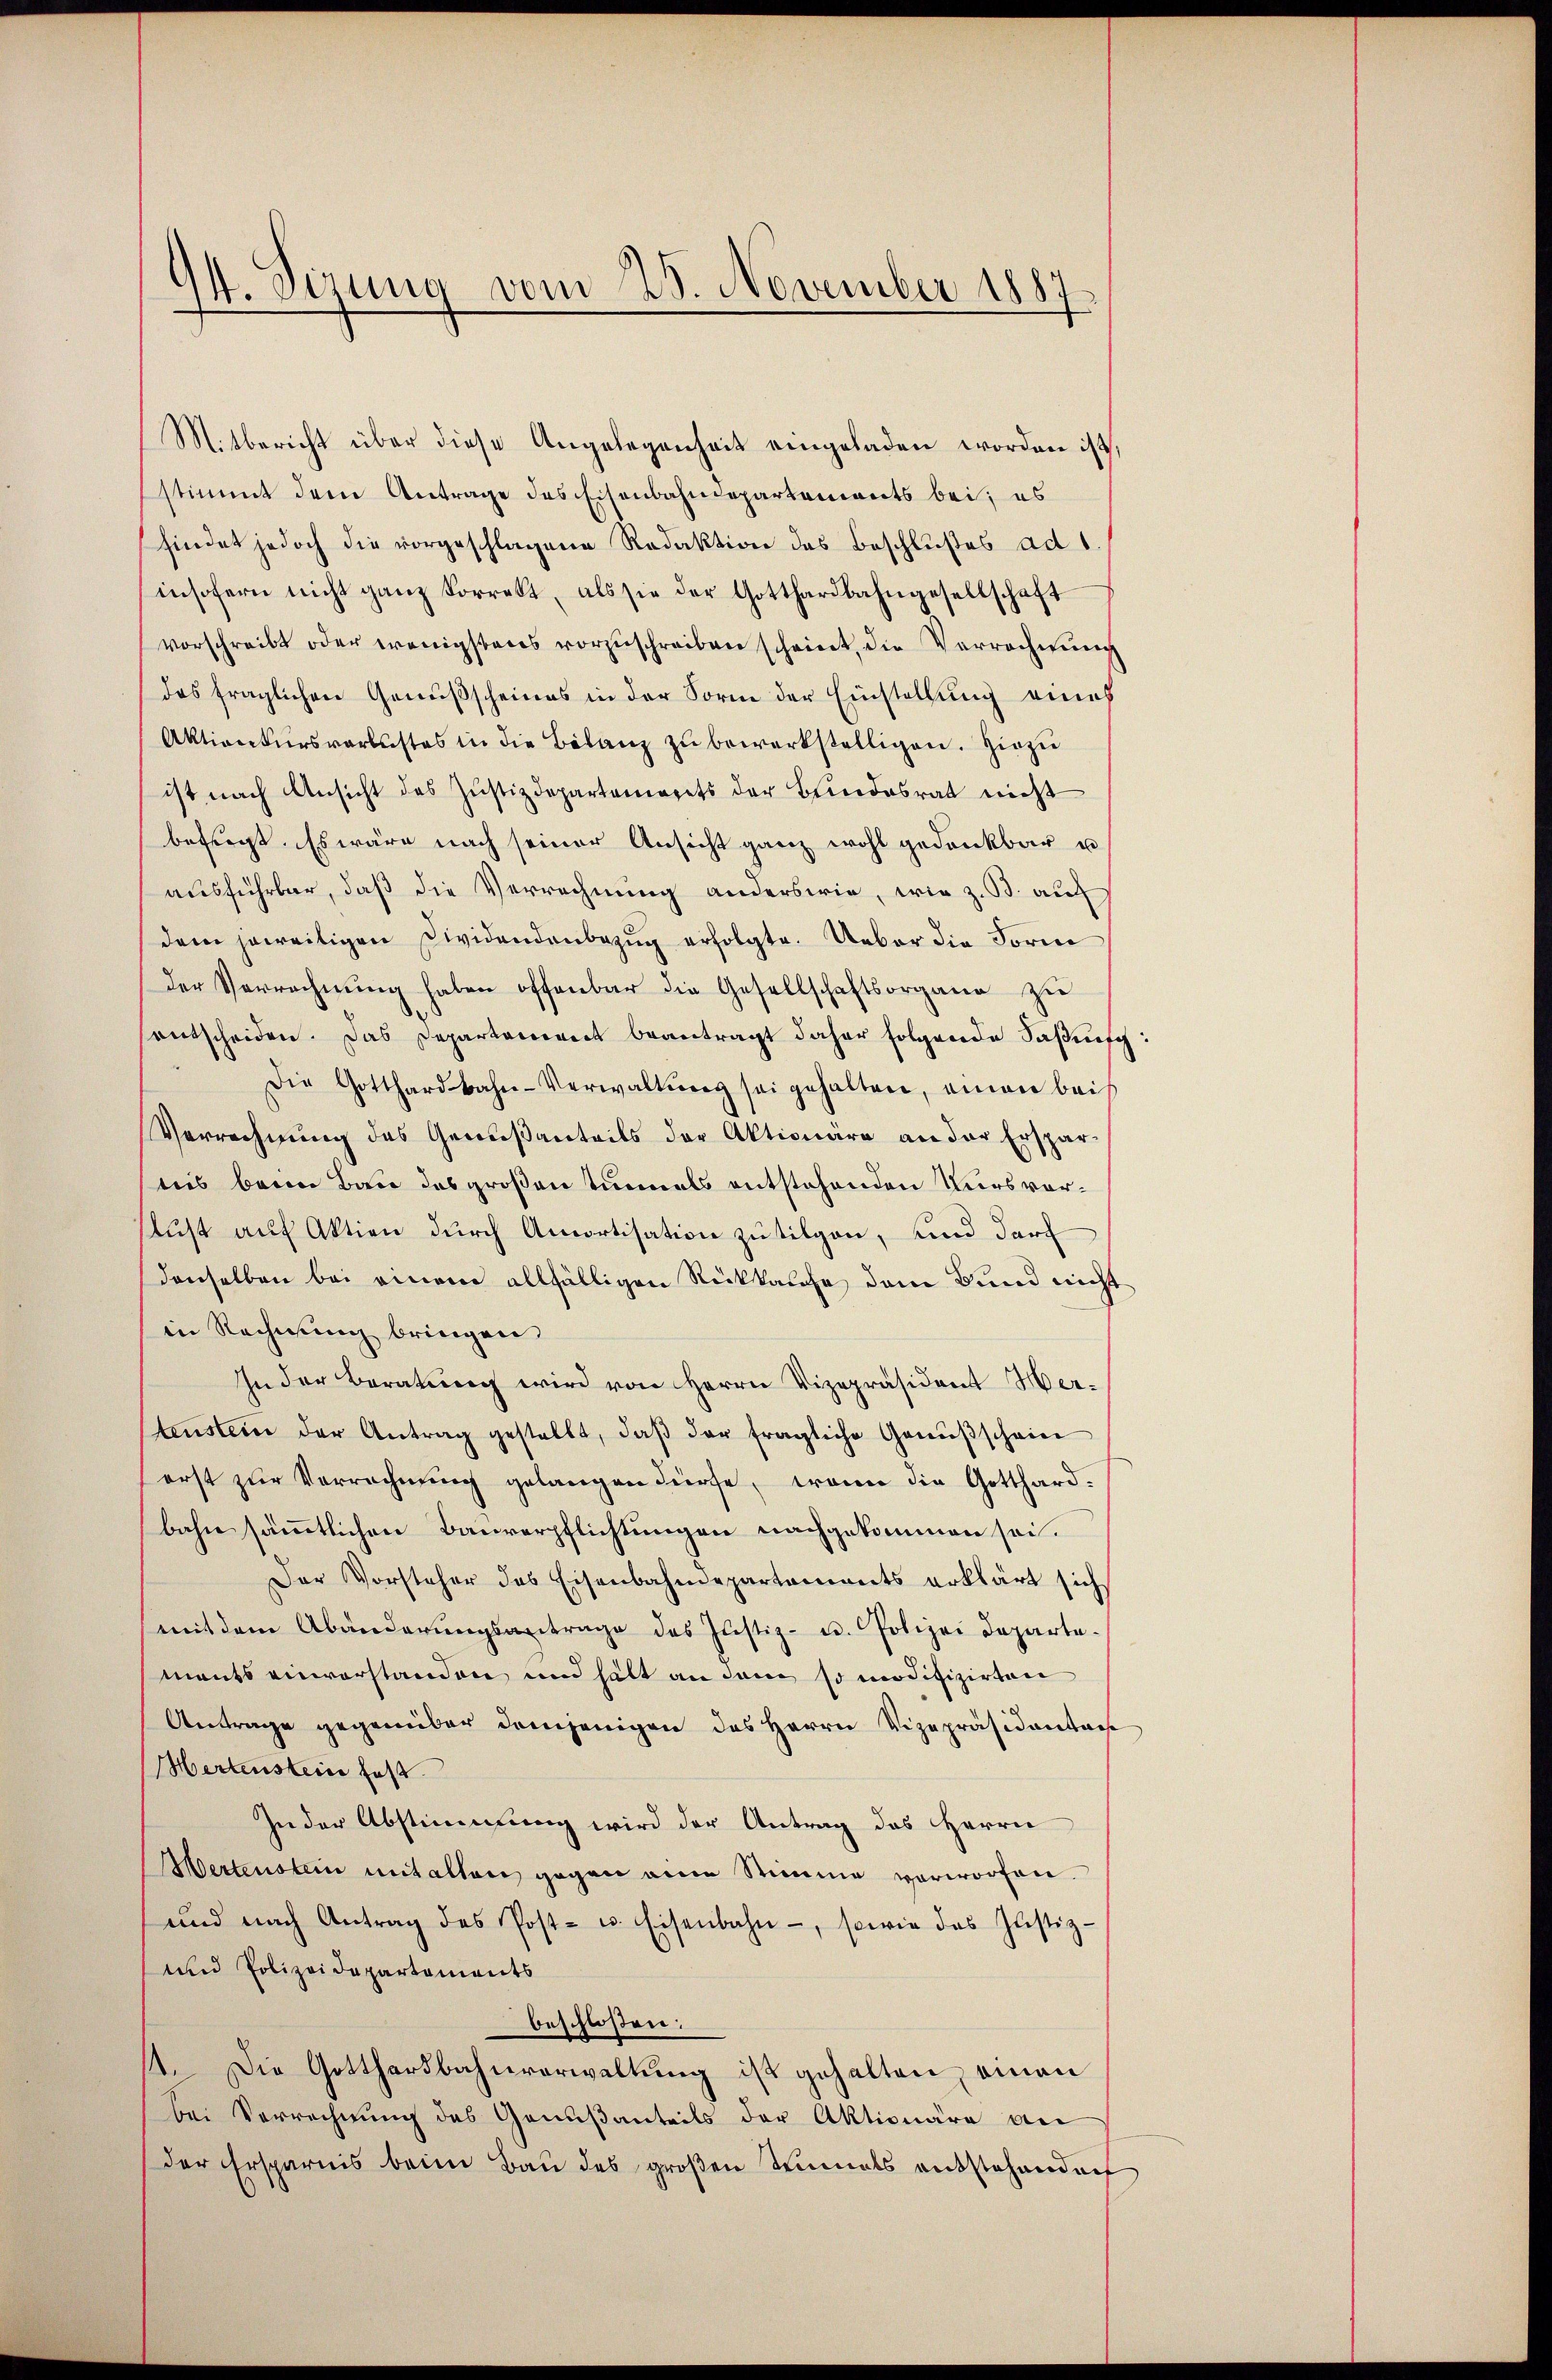
94. Sizung vom 25. November 1887

Mitbericht über diese Angelegenheit eingeladen worden ist,
stimmt dem Antrage des Eisenbahndepartements bei; es
findet jedoch die vorgeschlagene Redaktion des Beschlußes ad 1.
insofern nicht ganz korrekt, als sie der Gotthardbahngesellschaft
vorschreibt oder wenigstens vorzŭschreiben scheint, die Verrechnung
das fraglichen Genußscheines in der Sorm der Einstellung eines
Aktionkursverlustes in die Bilanz zŭ bewerkstelligen. Hiezu
ist nach Ansicht des Justizdepartemegets der Bundesrat nicht
befragt. Es wäre nach seiner Ansicht ganz wohl gedankbar u
ausführbar, daß die Verrechnung anderswie, wie z. B. auf
dem jeweiligen Dividendenbezug erfolgte. Ueber die Forme
Der Verrechnŭng haben offenbar die Gesellschaftsorgane zu
sentscheiden. Das Departement beantragt daher folgende Faßung
Die Gotthardbahn-Verwaltung sei gehalten, einen beis
Verrechnung des Genußanteils der Aktionäre an der Ersparties beim Bau des großen Einmals entstehenden Kurs vor¬
Lust auf Aktien durch Amortisation zu tilgen, und darf
denselben bei einem allfälligen Rückkalche dem Bund nicht
in Rechnung bringen.
In der Beratung wird von Herrn Vizepräsident Hertenstein der Antrag gestellt, daβ der fragliche Genüβschein
erst zŭr Verrechnung gelangen dürfe, wenn die Gotthard-
bahn sämmtlichen Bauverpflichtungen nachgekommen sei.
Der Vorsteher des Eisenbahndepartements erklärt sich
mit dem Abänderungsantrage des Justiz- u. Polizei Departements einverstanden und hält an dem so modifizirten
Antrage gegenüber demjenigen des Herrn Vizepräsidentag
Hertenstein hast.
In der Abstimmung wird der Antrag des Herrn
ertenstein mit alten gegen eine Stimme vorworfen.
und nach Antrag des Post- u. Eisenbahn, sowie das Justiz-
und Polizeidepartements
beschloßen:
4. Die Gotthardbahnverwaltung ist gehalten, einan
bei Verrechnung des Genußanteils der Aktionäre an
der Ersparnis beim Bau des großen Heimals entstehend auf

9